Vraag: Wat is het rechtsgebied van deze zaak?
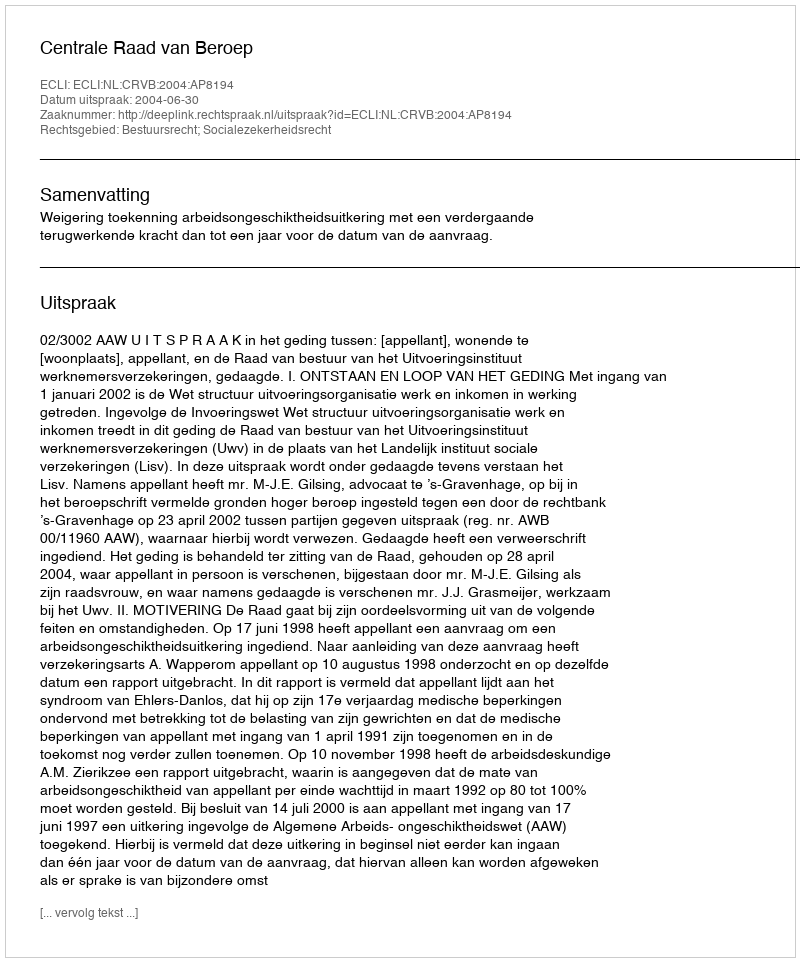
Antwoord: Bestuursrecht; Socialezekerheidsrecht